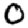
Digit: 0